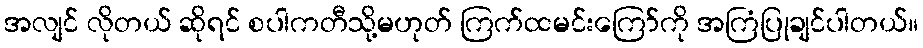
အလျင် လိုတယ် ဆိုရင် စပါကတီသို့မဟုတ် ကြက်ထမင်းကြော်ကို အကြံပြုချင်ပါတယ်။